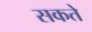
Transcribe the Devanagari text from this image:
सकते